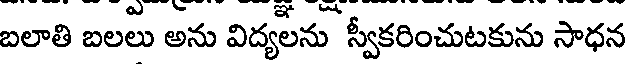
బలాతి బలలు అను విద్యలను స్వీకరించుటకును సాధన